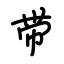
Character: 带